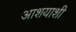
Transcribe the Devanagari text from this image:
आशयाशी